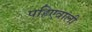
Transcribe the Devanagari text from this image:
पहिएवाली